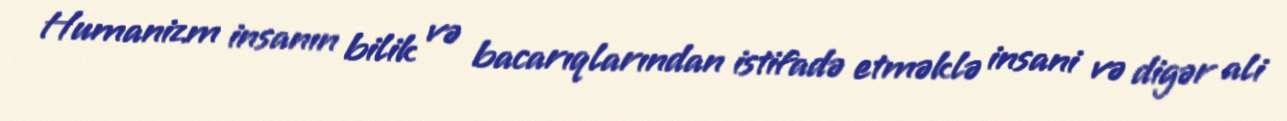
Humanizm insanın bilik və bacarıqlarından istifadə etməklə insani və digər ali